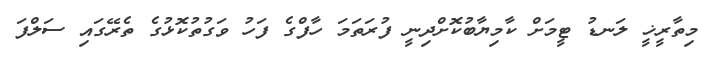
މިތާރީޚީ ލަނޑު ޓީމަށް ކާމިޔާބުކޮށްދިނީ ފުރަތަމަ ހާފްގެ ފަހު ވަގުތުކޮޅުގެ ތެރޭގައި ސަލްފަ